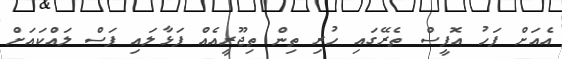
އެއަށް ފަހު އޮފީސް ތެރޭގައި ހުރި ތިން ތިޖޫރީއެއް ފަޅާލައި ފަސް ލައްކައަށް